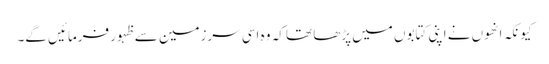
کیونکہ انھوں نے اپنی کتابوں میں پڑھا تھا کہ وہ اسی سرزمین سے ظہور فرمائیں گے۔